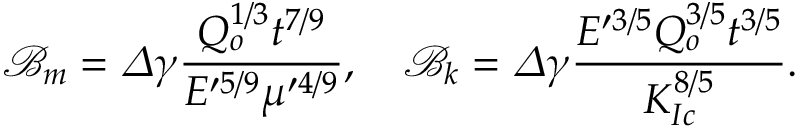
\mathcal { B } _ { m } = \varDelta \gamma \frac { Q _ { o } ^ { 1 / 3 } t ^ { 7 / 9 } } { E ^ { \prime 5 / 9 } \mu ^ { \prime 4 / 9 } } , \quad \mathcal { B } _ { k } = \varDelta \gamma \frac { E ^ { \prime 3 / 5 } Q _ { o } ^ { 3 / 5 } t ^ { 3 / 5 } } { K _ { I c } ^ { 8 / 5 } } .